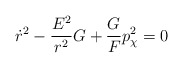
\begin{align*}\dot{r}^{2}-\frac{E^{2}}{r^{2}}G+\frac{G}{F}p_{\chi }^{2}=0\end{align*}